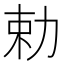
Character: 勅